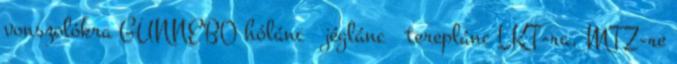
vonszolókra GUNNEBO hólánc jéglánc tereplánc LKT-ra, MTZ-re